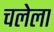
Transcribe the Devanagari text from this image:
चलेला